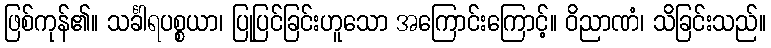
ဖြစ်ကုန်၏။ သင်္ခါရပစ္စယာ၊ ပြုပြင်ခြင်းဟူသော အကြောင်းကြောင့်။ ဝိညာဏံ၊ သိခြင်းသည်။